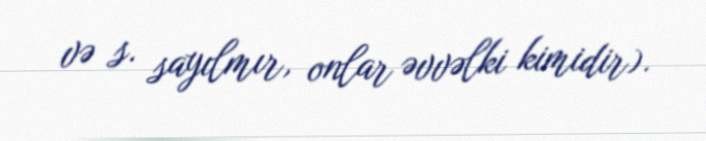
və s. sayılmır, onlar əvvəlki kimidir).